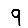
Digit: 9